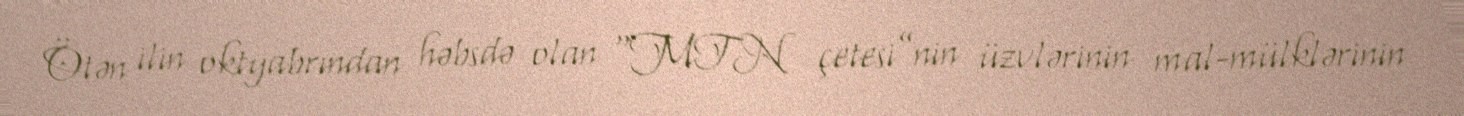
Ötən ilin oktyabrından həbsdə olan “MTN çetesi”nin üzvlərinin mal-mülklərinin